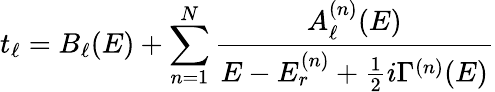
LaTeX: t_{\ell}=B_{\ell}(E)+\sum_{n=1}^{N}{\frac{A_{\ell}^{(n)}(E)}{E-E_{r}^{(n)}+{\frac{1}{2}}i\Gamma^{(n)}(E)}}